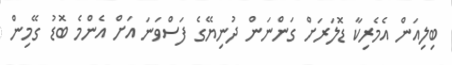
ބިލިއަން އެމެރިކާ ޑޮލަރަށް ގަންނަން ދުނިޔޭގެ ފަސްވަނަ އަށް އެންމެ ބޮޑު ގޭމިން